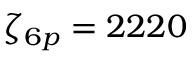
\zeta _ { 6 p } = 2 2 2 0